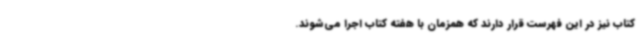
کتاب نیز در این فهرست قرار دارند که همزمان با هفته کتاب اجرا می‌شوند.